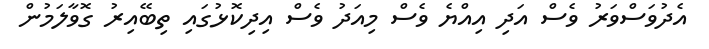
އެދުވަސްވަރު ވެސް އަދި އިއްޔެ ވެސް މިއަދު ވެސް އިދިކޮޅުގައި ތިބޭއިރު ގޮވާލަމުން